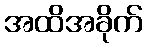
အထိအခိုက်